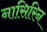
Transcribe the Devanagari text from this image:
नासिरिन